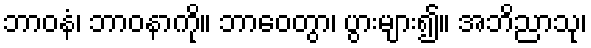
ဘာဝနံ၊ ဘာဝနာကို။ ဘာဝေတွာ၊ ပွားများ၍။ အဘိညာသု၊